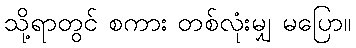
သို့ရာတွင် စကား တစ်လုံးမျှ မပြော။